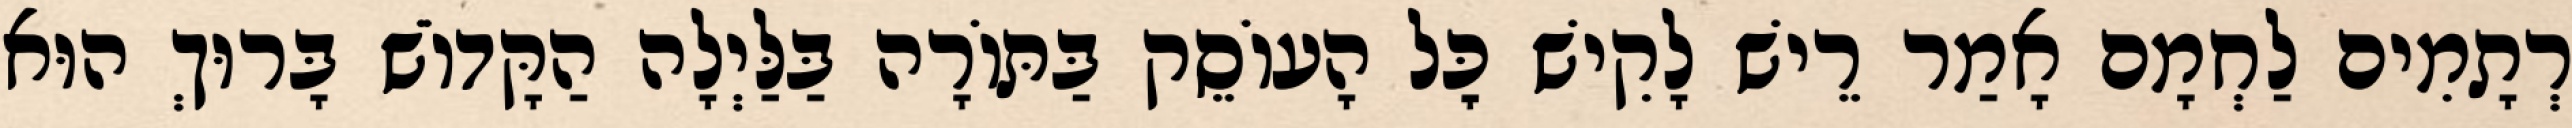
רְתָמִים לַחְמָם אָמַר רֵישׁ לָקִישׁ כׇּל הָעוֹסֵק בַּתּוֹרָה בַּלַּיְלָה הַקָּדוֹשׁ בָּרוּךְ הוּא